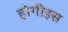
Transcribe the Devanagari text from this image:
होगीइस